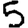
Digit: 5